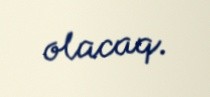
olacaq.